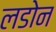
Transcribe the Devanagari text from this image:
लडोन